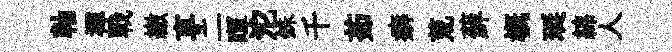
軸襌戰繳享二暉沱銖千茹癖荒蘚概珽綿人